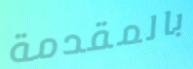
بالمقدمة